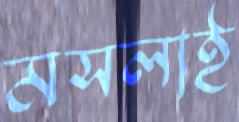
মসলাই